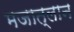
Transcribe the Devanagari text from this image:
मजात्लान